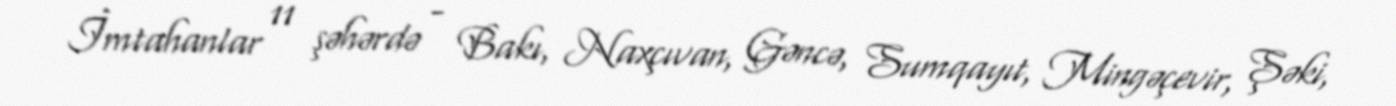
İmtahanlar 11 şəhərdə - Bakı, Naxçıvan, Gəncə, Sumqayıt, Mingəçevir, Şəki,